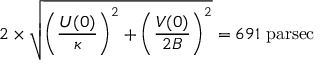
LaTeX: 2 \times { \sqrt { \left( { \frac { U ( 0 ) } { \kappa } } \right) ^ { 2 } + \left( { \frac { V ( 0 ) } { 2 B } } \right) ^ { 2 } } } = 6 9 1 { \mathrm { ~ p a r s e c } }